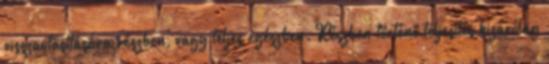
visszautasítására részben, vagy teljes egészben. Részben történő teljesítés kizárólag